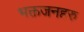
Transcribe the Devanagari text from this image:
भक्तजनहरु